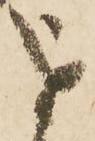
を